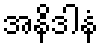
အနိဒါနံ